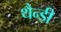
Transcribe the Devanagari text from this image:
थैन्डी